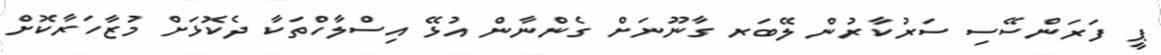
ޕީ ފަރަންސޭސި ސަރުކާރުން ލޭބަރ ގާނޫނަށް ގެންނާން އުޅޭ އިސްލާހްތަކާ ދެކޮޅަށް މުޒާހަރާކޮށް